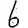
Digit: 6